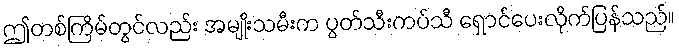
ဤတစ်ကြိမ်တွင်လည်း အမျိုးသမီးက ပွတ်သီးကပ်သီ ရှောင်ပေးလိုက်ပြန်သည်။